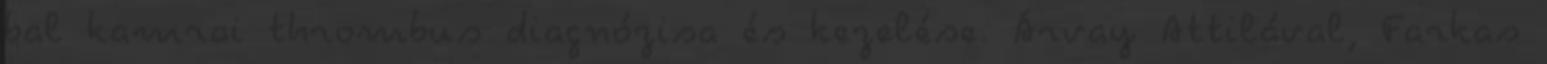
bal kamrai thrombus diagnózisa és kezelése. Árvay Attilával, Farkas